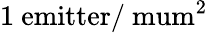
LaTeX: \mathrm{1~emitter/\ mum^{2}}